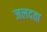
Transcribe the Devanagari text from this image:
जलदता